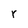
Character: r